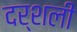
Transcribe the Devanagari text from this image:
दर्शली